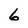
Character: 6